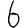
Digit: 6